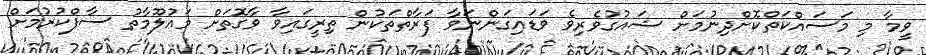
ވީމާ މި މަސައްކަތްކޮށްދިނުމަށް ޝައުގުވެރިވެ ވަޑައިގަންނަވާ ފަރާތްތަކުން ތިރީގައިވާ ވާގޮތަށް މައުލޫމާތު ސާފްކުރުމަށް